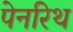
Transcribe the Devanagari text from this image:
पेनरिथ